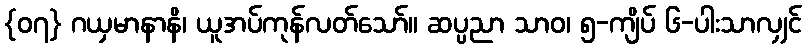
{၀၇} ဂယှမာနာနိ၊ ယူအပ်ကုန်လတ်သော်။ ဆပ္ပညာ သာဝ၊ ၅-ကျိပ် ၆-ပါးသာလျှင်